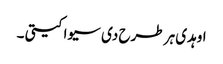
اوہدی ہر طرح دی سیوا کیتی ۔